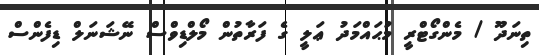
ތިނަދޫ / މެންގޯޓްރީ މުޙައްމަދު ޢަލީ ގެ ފަރާތުން މޯލްޑިވްސް ނޭޝަނަލް ޑިފެންސް